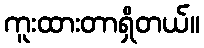
ကူးထားတာရှိတယ်။